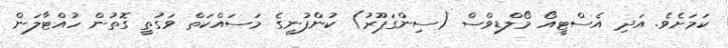
ކަމަށެވެ. އަދި އެސްޓީއޯ މޯލްޑިވްސް (ސިންގަޕޫރު) ކުންފުނީގެ މަސައްކަތް ވަގުތީ ގޮތުން ހުއްޓާލަން